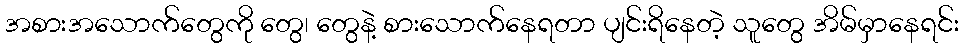
အစားအသောက်တွေကို တွေ၊ တွေနဲ့ စားသောက်နေရတာ ပျင်းရိနေတဲ့ သူတွေ အိမ်မှာနေရင်း